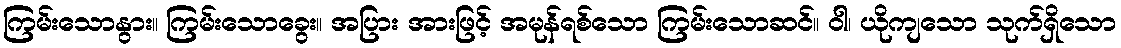
ကြမ်းသောနွား။ ကြမ်းသောခွေး။ အပြား အားဖြင့် အမုန်ရစ်သော ကြမ်းသောဆင်။ ဝါ၊ ယိုကျသော သုက်ရှိသော